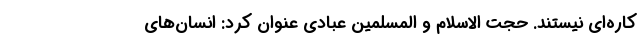
کاره‌ای نیستند. حجت الاسلام و المسلمین عبادی عنوان کرد: انسان‌های